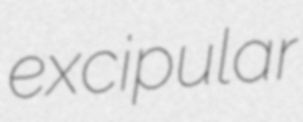
excipular